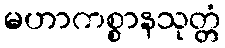
မဟာကစ္စာနသုတ္တံ